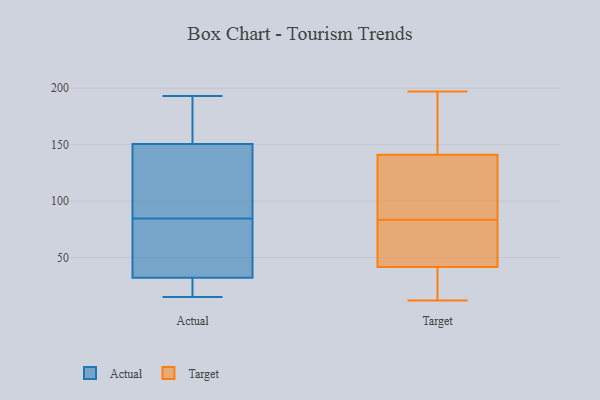
{"axis": {"x": "Budget (USD K)", "y": "Value"}, "legend": ["Actual", "Target"], "data": [{"x": "", "y": 32, "type": "Actual"}, {"x": "", "y": 32, "type": "Actual"}, {"x": "", "y": 109, "type": "Actual"}, {"x": "", "y": 18, "type": "Actual"}, {"x": "", "y": 15, "type": "Actual"}, {"x": "", "y": 19, "type": "Actual"}, {"x": "", "y": 180, "type": "Actual"}, {"x": "", "y": 193, "type": "Actual"}, {"x": "", "y": 72, "type": "Actual"}, {"x": "", "y": 83, "type": "Actual"}, {"x": "", "y": 93, "type": "Actual"}, {"x": "", "y": 158, "type": "Actual"}, {"x": "", "y": 82, "type": "Actual"}, {"x": "", "y": 143, "type": "Actual"}, {"x": "", "y": 193, "type": "Actual"}, {"x": "", "y": 51, "type": "Actual"}, {"x": "", "y": 20, "type": "Actual"}, {"x": "", "y": 88, "type": "Actual"}, {"x": "", "y": 86, "type": "Actual"}, {"x": "", "y": 192, "type": "Actual"}, {"x": "", "y": 185, "type": "Target"}, {"x": "", "y": 158, "type": "Target"}, {"x": "", "y": 12, "type": "Target"}, {"x": "", "y": 72, "type": "Target"}, {"x": "", "y": 54, "type": "Target"}, {"x": "", "y": 197, "type": "Target"}, {"x": "", "y": 18, "type": "Target"}, {"x": "", "y": 95, "type": "Target"}, {"x": "", "y": 33, "type": "Target"}, {"x": "", "y": 113, "type": "Target"}, {"x": "", "y": 50, "type": "Target"}, {"x": "", "y": 124, "type": "Target"}]}